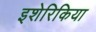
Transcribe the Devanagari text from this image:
इशेरिकिया